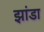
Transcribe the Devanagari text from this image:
झांडा